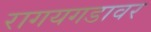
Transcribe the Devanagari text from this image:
रागयगडावर